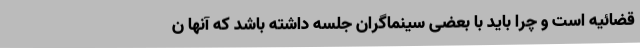
قضائیه است و چرا باید با بعضی سینماگران جلسه داشته باشد که آنها ن